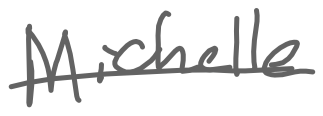
Text: Michelle
Cross-out: single-line
Writing tool: digital_gray